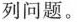
列问题。